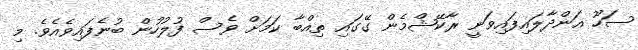
ސަހޫ އަންދާލައިފައިވަނީ ރާކޭޝްމެން ގޭގައި ތިއްބާ ކަމަށް ވެސް ފުލުހުން ބުނެފައިވެއެވެ. މި